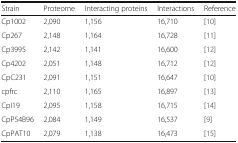
| Strain | Proteome | Interacting proteins | Interactions | Reference |
 | --- | --- | --- | --- | --- |
 | Cp1002 | 2,090 | 1,156 | 16,710 | [10] |
 | Cp267 | 2,148 | 1,164 | 16,728 | [11] |
 | Cp3995 | 2,142 | 1,141 | 16,600 | [12] |
 | Cp4202 | 2,051 | 1,148 | 16,712 | [12] |
 | CpC231 | 2,091 | 1,151 | 16,647 | [10] |
 | cpfrc | 2,110 | 1,165 | 16,897 | [13] |
 | CpI19 | 2,095 | 1,158 | 16,715 | [14] |
 | CpP54B96 | 2,084 | 1,149 | 16,537 | [9] |
 | CpPAT10 | 2,079 | 1,138 | 16,473 | [15] |